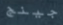
جينج